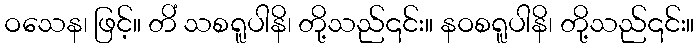
ဝသေန၊ ဖြင့်။ တိံ သစရူပါနိ၊ တို့သည်၎င်း။ နဝစရူပါနိ၊ တို့သည်၎င်း။